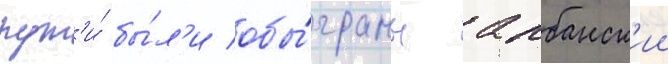
пут'и́ бы́л'и обы́граны албанск'ии